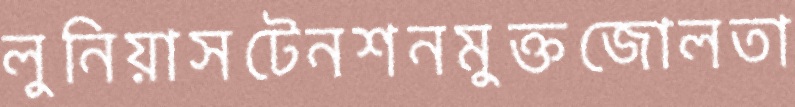
লুনিয়াসটেনশনমুক্তজোলতা